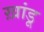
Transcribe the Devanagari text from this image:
ख़ांडू